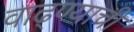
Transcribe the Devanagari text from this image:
वाढ्ण्याची